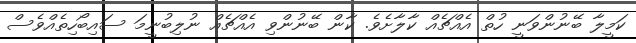
ކަމީލާ ބޭނުންވަނީ ހުތް އެއްޗެއް ކާލާށެވެ. ކާން ބޭނުންވި އެއްޗެއް ނުލިބުނީމަ ސައިބޯހިތެއްވެސް